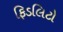
ફિડલિટો